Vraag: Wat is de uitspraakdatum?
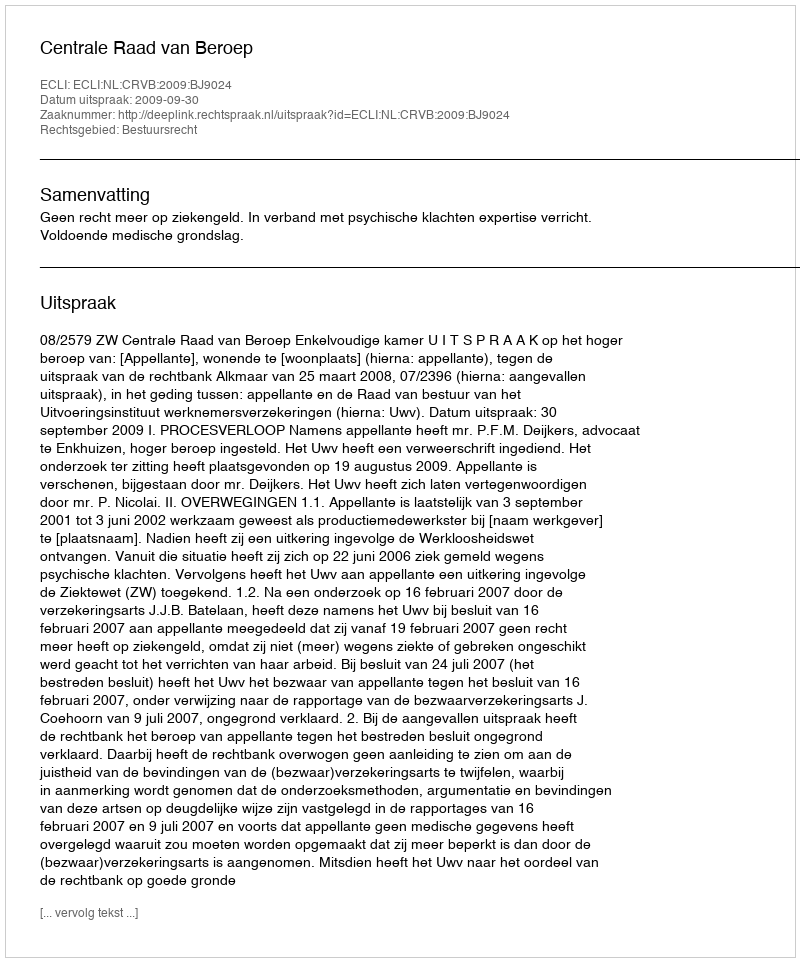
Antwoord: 2009-09-30